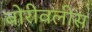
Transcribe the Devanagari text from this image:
बोरीवलीस